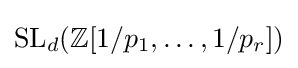
\operatorname {SL} _{d}(\mathbb {Z} [1/p_{1},\ldots ,1/p_{r}])